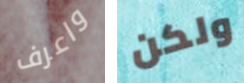
واعرف ولكن